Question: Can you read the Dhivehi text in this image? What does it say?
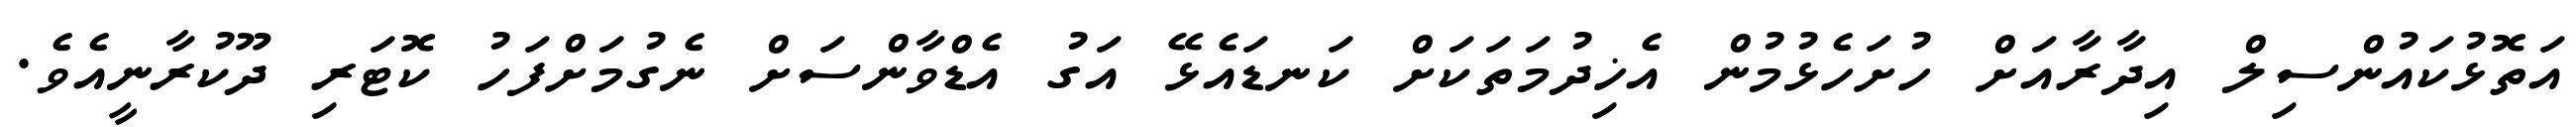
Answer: އަތޮޅުކައުންސިލް އިދާރާއަށް ހުށަހެޅުމުން އެޚިދުމަތަކަށް ކަނޑައެޅޭ އަގު އެޑްވާންސަށް ނެގުމަށްފަހު ކޮޓަރި ދޫކުރާނީއެވެ.